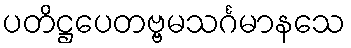
ပတိဋ္ဌပေတဗ္ဗမသင်္ဂမာနသေ